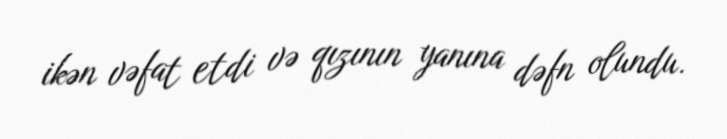
ikən vəfat etdi və qızının yanına dəfn olundu.